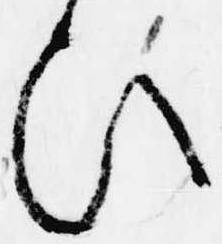
ひ